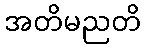
အတိမညတိ